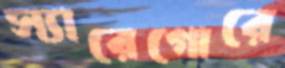
স্যারেগোরে